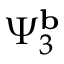
\Psi _ { 3 } ^ { \mathbf { b } }